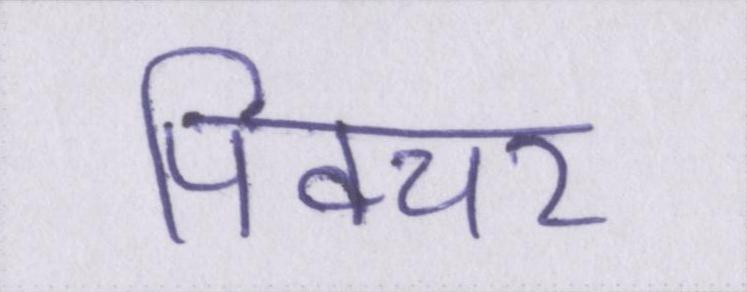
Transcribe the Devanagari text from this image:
पिक्चर